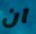
ان